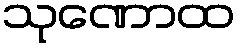
သုဏောထ